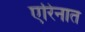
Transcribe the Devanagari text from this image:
एरिनात